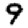
Digit: 9